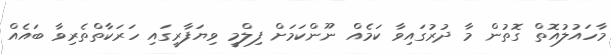
މާހައުލުއޮތް ގޮތުން މާ ދުރުގައިވާ ކަމެއް ނޫންކަމަށް ފިލްމީ ވިޔަފާރީގައި ހަރަކާތްތެރިވާ ބައެއް